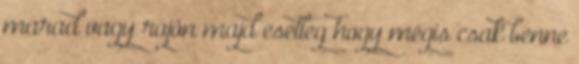
marad vagy rájön majd esetleg hogy mégis csak benne